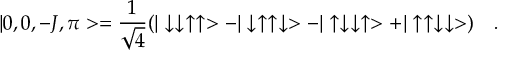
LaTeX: | 0 , 0 , - J , \pi > = \frac { 1 } { \sqrt { 4 } } ( | \downarrow \downarrow \uparrow \uparrow > - | \downarrow \uparrow \uparrow \downarrow > - | \uparrow \downarrow \downarrow \uparrow > + | \uparrow \uparrow \downarrow \downarrow > ) \quad .